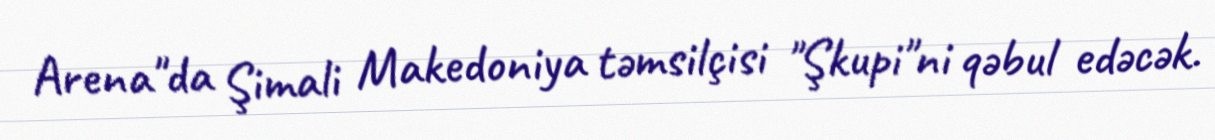
Arena"da Şimali Makedoniya təmsilçisi "Şkupi"ni qəbul edəcək.